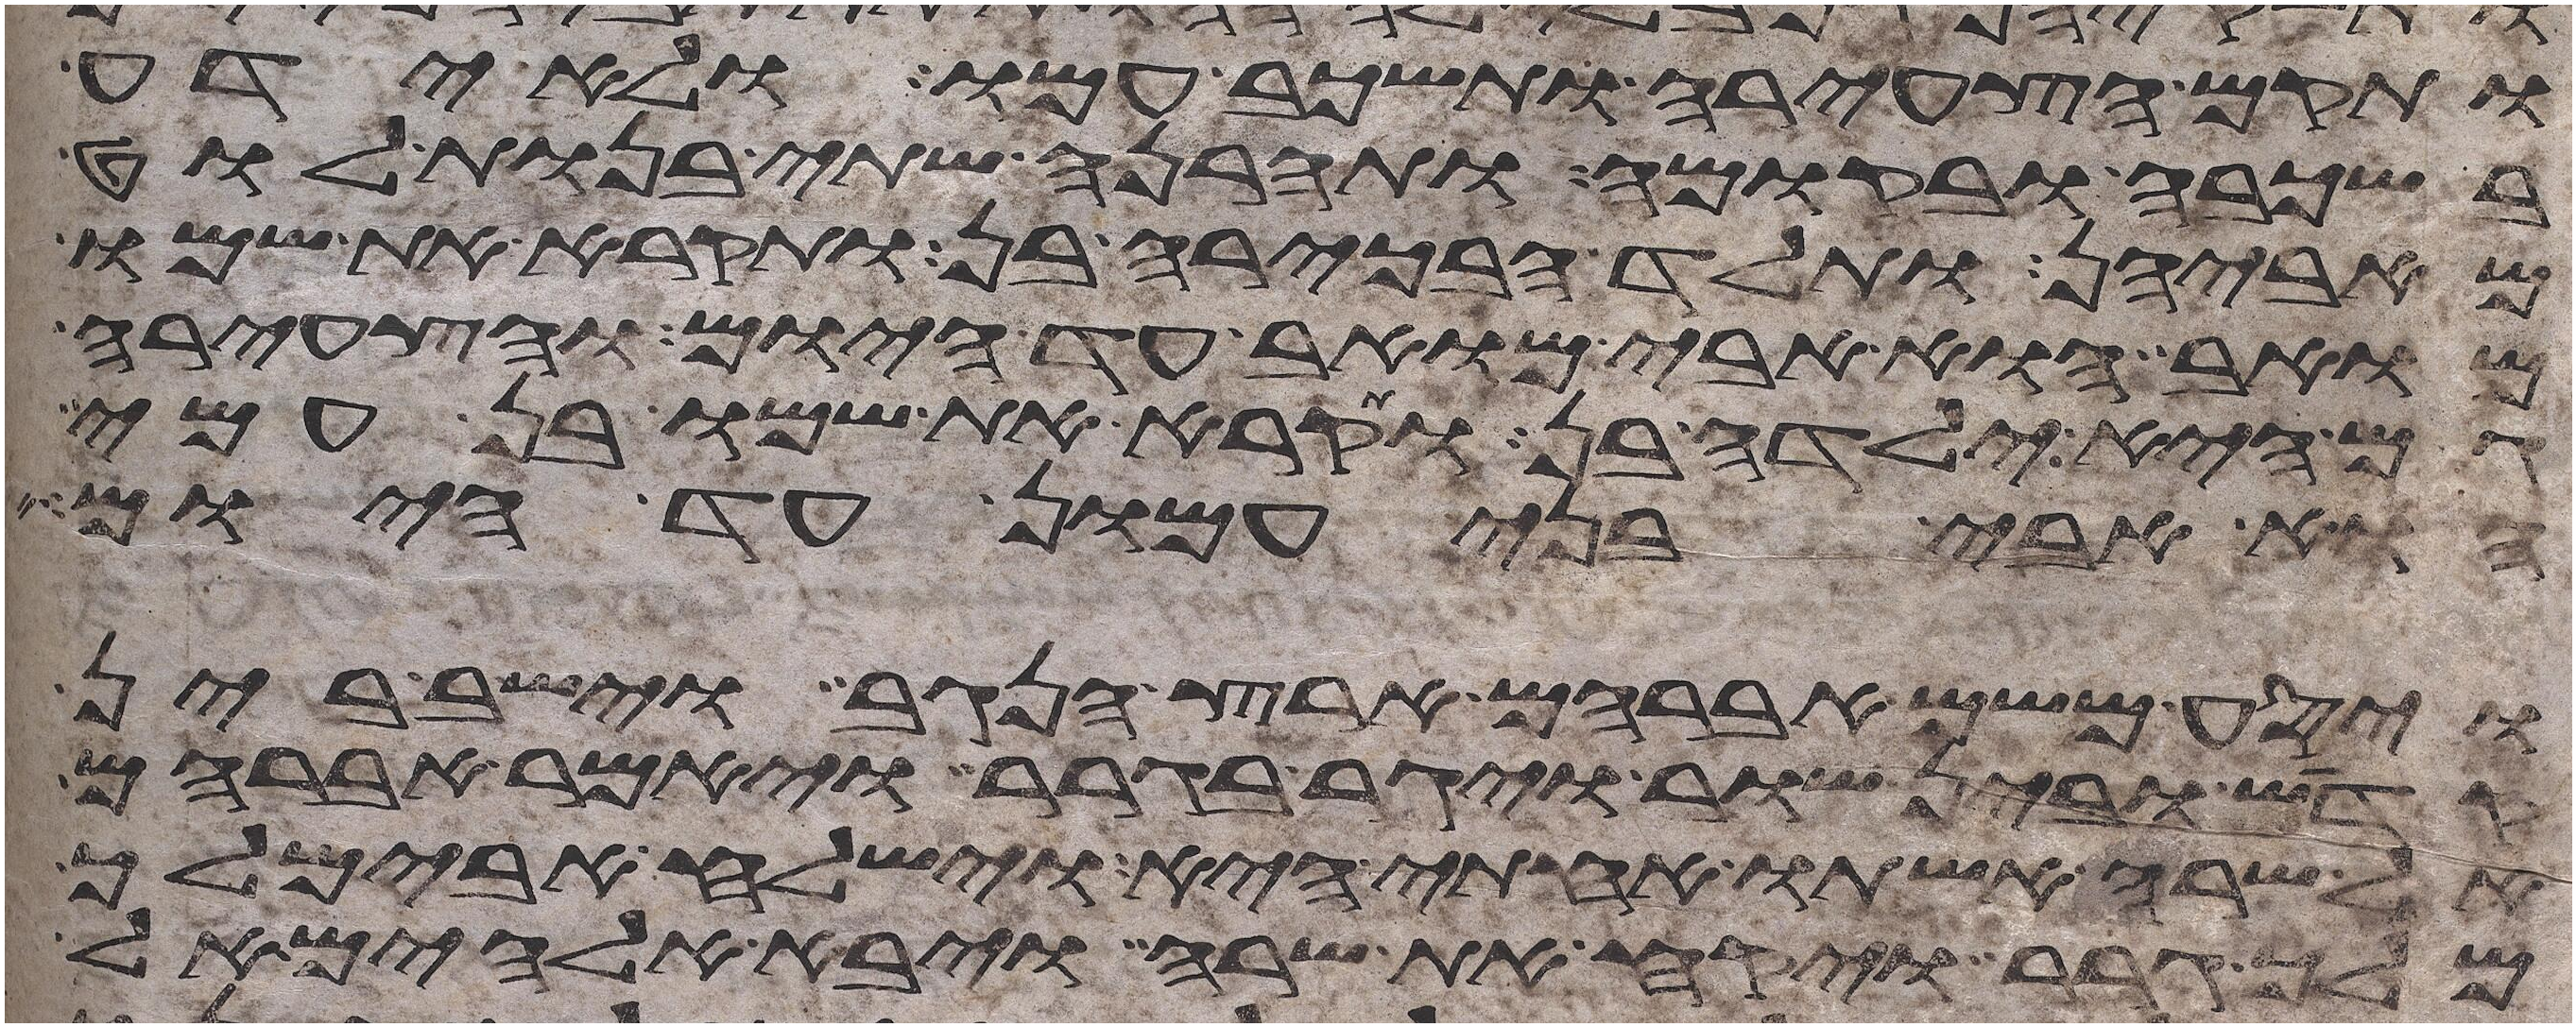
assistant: ותקם הצעירה ותשכב עמו ולא ידע
בשכבה ובקומה ותהרנה שתי בנות לוט
מאביהן ותלד הבכירה בן ותקרא את שמו
מואב הוא אבי מואב עד היום והצעירה
גם היא ילדה בן ותקרא את שמו בן עמי
הוא אבי בני עמון עד היום
ויסע משם אברהם ארץ הנגב וישב בין
קדש ובין שור ויגר בגרר ויאמר אברהם
אל שרה אשתו אחותי היא וישלח אבימלך
מלך גרר ויקח את שרה ויבא אלהים אל